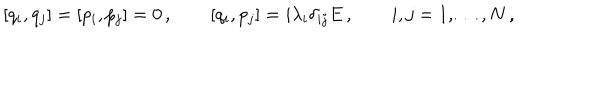
[ q _ { i } , q _ { j } ] = [ p _ { i } , p _ { j } ] = 0 \, , \qquad [ q _ { i } , p _ { j } ] = i \lambda _ { i } \delta _ { i j } E \, , \qquad i , j = 1 , \dots , N \, ,